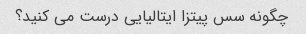
چگونه سس پیتزا ایتالیایی درست می کنید؟